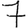
Digit: 7